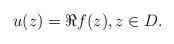
LaTeX: \begin{align*}u(z)=\Re f(z), z\in D.\end{align*}